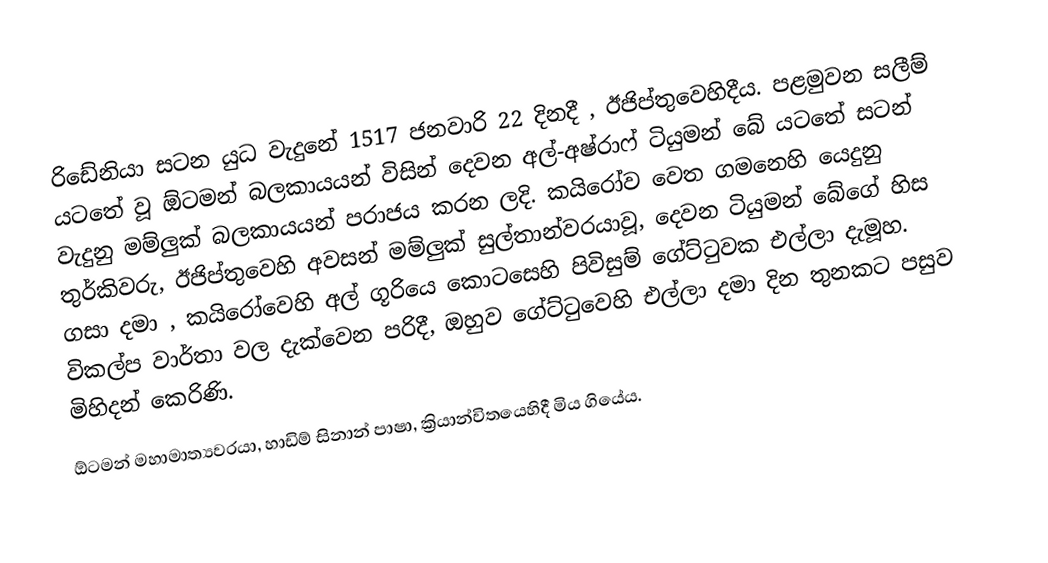
රිඩේනියා සටන යුධ වැදුනේ  1517 ජනවාරි 22 දිනදී , ඊජිප්තුවෙහිදීය. පළමුවන සලීම් යටතේ වූ ඕටමන් බලකායයන් විසින් දෙවන අල්-අෂ්රාෆ් ටියුමන් බේ යටතේ සටන් වැදුනු මම්ලුක් බලකායයන් පරාජය කරන ලදි. කයිරෝව වෙත ගමනෙහි යෙදුනු තුර්කිවරු, ඊජිප්තුවෙහි අවසන්  මම්ලුක් සුල්තාන්වරයාවූ, දෙවන ටියුමන් බේගේ හිස ගසා දමා , කයිරෝවෙහි අල් ගූරියෙ කොටසෙහි පිවිසුම් ගේට්ටුවක එල්ලා දැමූහ. විකල්ප වාර්තා වල දැක්වෙන පරිදී,  ඔහුව ගේට්ටුවෙහි එල්ලා දමා දින තුනකට පසුව මිහිදන් කෙරිණි.
ඕටමන්  මහාමාත්‍යවරයා, හාඩිම් සිනාන් පාෂා, ක්‍රියාන්විතයෙහිදී මිය ගියේය.